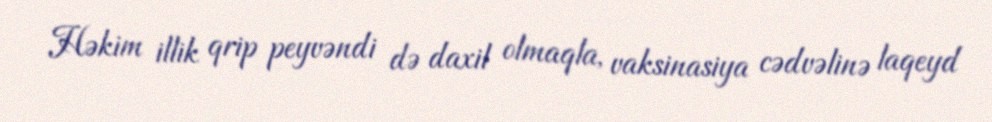
Həkim illik qrip peyvəndi də daxil olmaqla, vaksinasiya cədvəlinə laqeyd